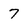
Character: 7